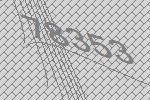
78353